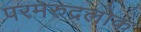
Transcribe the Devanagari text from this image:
परमरुद्रलोक